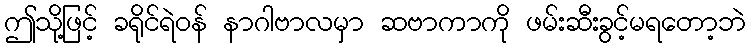
ဤသို့ဖြင့် ခရိုင်ရဲဝန် နာဂါဗာလမှာ ဆဗာကာကို ဖမ်းဆီးခွင့်မရတော့ဘဲ